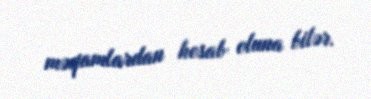
məqamlardan hesab oluna bilər.